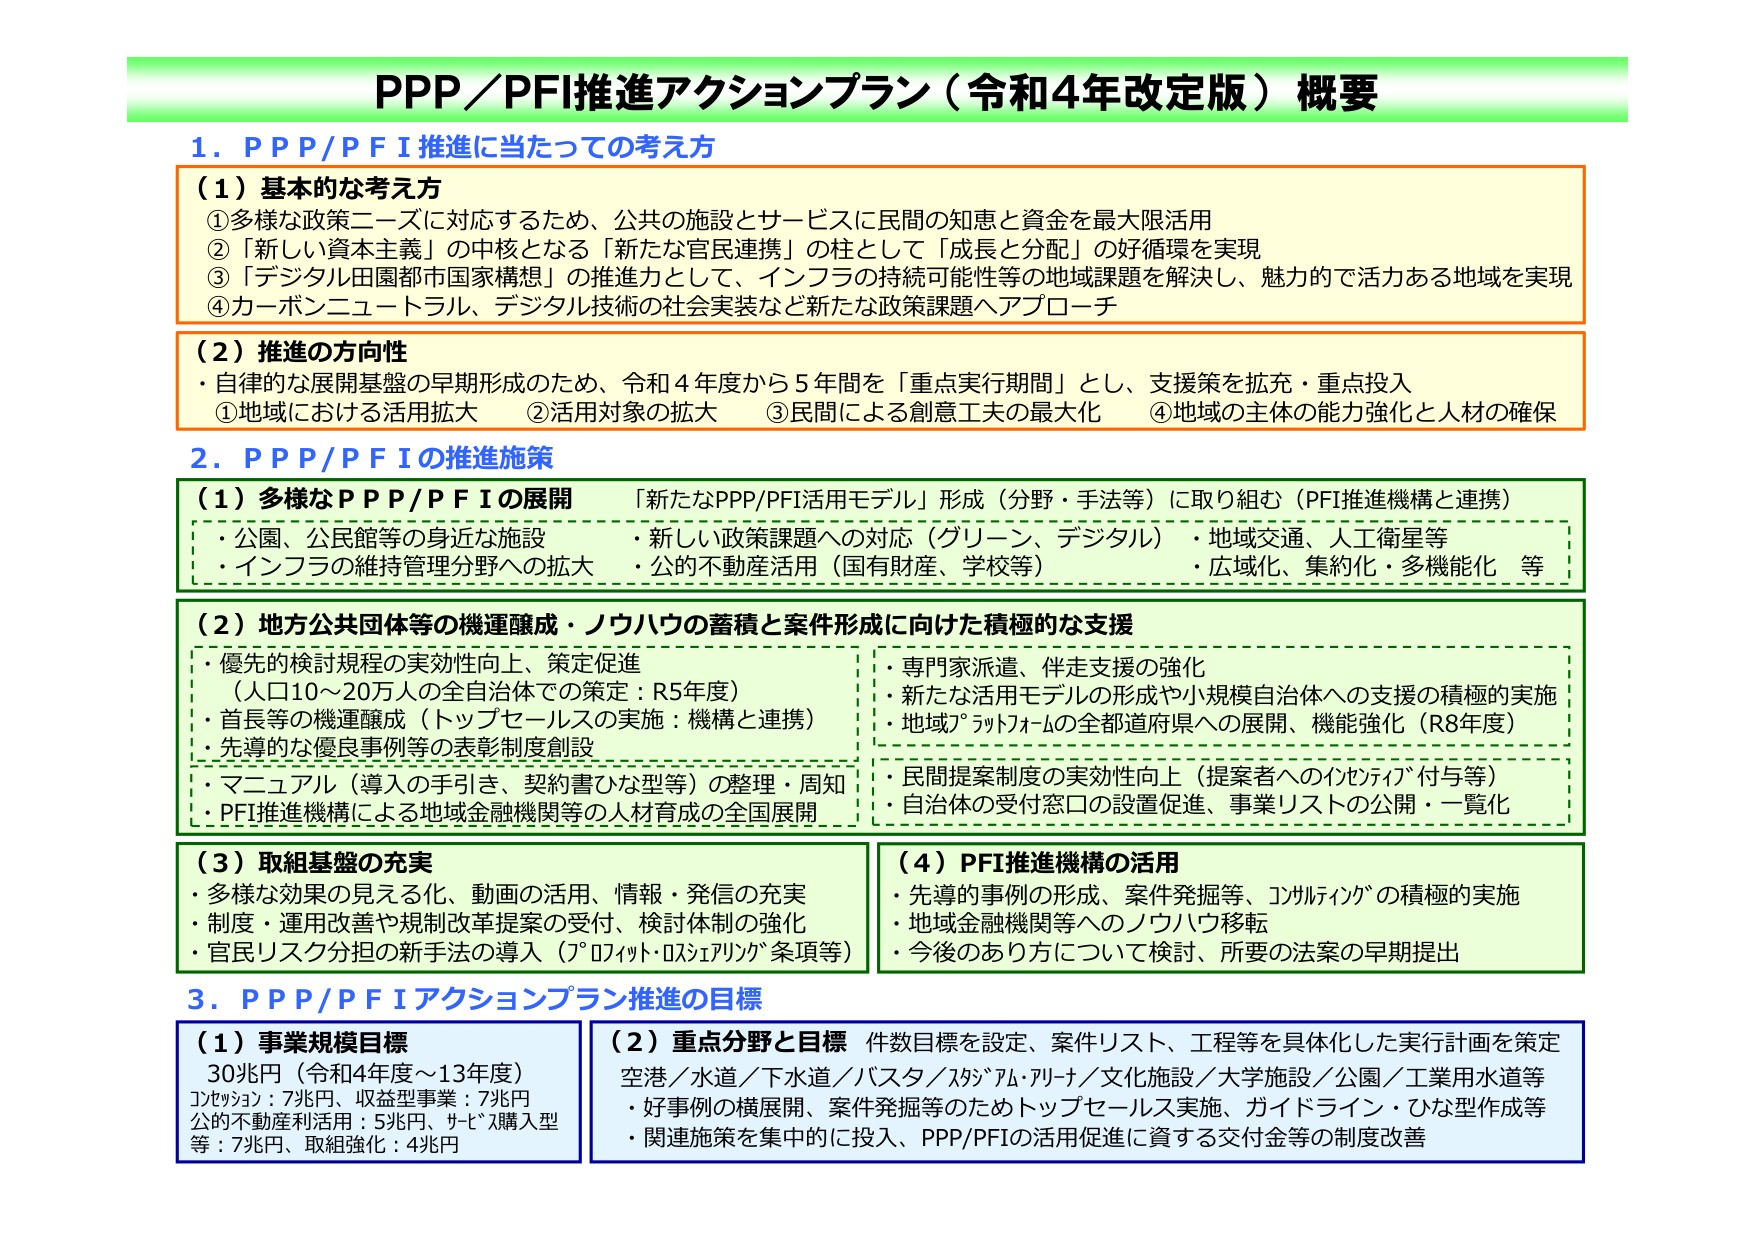
PPP／PFI推進アクションプラン（令和4年改定版）概要

1．ＰＰＰ／ＰＦＩ推進に当たっての考え方

（1）基本的な考え方
①多様な政策ニーズに対応するため、公共の施設とサービスに民間の知恵と資金を最大限活用
②「新しい資本主義」の中核となる「新たな官民連携」の柱として「成長と分配」の好循環を実現
③「デジタル田園都市国家構想」の推進力として、インフラの持続可能性等の地域課題を解決し、魅力的で活力ある地域を実現
④カーボンニュートラル、デジタル技術の社会実装など新たな政策課題へアプローチ

（2）推進の方向性
・自律的な展開基盤の早期形成のため、令和4年度から5年間を「重点実行期間」とし、支援策を拡充・重点投入
①地域における活用拡大　②活用対象の拡大　③民間による創意工夫の最大化　④地域の主体の能力強化と人材の確保

2．ＰＰＰ／ＰＦＩの推進施策

（1）多様なＰＰＰ／ＰＦＩの展開　「新たなPPP/PFI活用モデル」形成（分野・手法等）に取り組む（PFI推進機構と連携）
・公園、公民館等の身近な施設　　　　　・新しい政策課題への対応（グリーン、デジタル）・地域交通、人工衛星等
・インフラの維持管理分野への拡大　　　・公的不動産活用（国有財産、学校等）　　　・広域化、集約化・多機能化　等

（2）地方公共団体等の機運醸成・ノウハウの蓄積と案件形成に向けた積極的な支援
・優先的検討規程の実効性向上、策定促進　　・専門家派遣、伴走支援の強化
　（人口10～20万人の全自治体での策定：R5年度）　・新たな活用モデルの形成や小規模自治体への支援の積極的実施
・首長等の機運醸成（トップセールスの実施：機構と連携）　・地域プラットフォームの全都道府県への展開、機能強化（R8年度）
・先導的な優良事例等の表彰制度創設
・マニュアル（導入の手引き、契約書ひな型等）の整理・周知　　・民間提案制度の実効性向上（提案者へのインセンティブ付与等）
・PFI推進機構による地域金融機関等の人材育成の全国展開　　・自治体の受付窓口の設置促進、事業リストの公開・一覧化

（3）取組基盤の充実
・多様な効果の見える化、動画の活用、情報・発信の充実
・制度・運用改善や規制改革提案の受付、検討体制の強化
・官民リスク分担の新手法の導入（プロフィット・ロスシェアリング条項等）

（4）PFI推進機構の活用
・先導的事例の形成、案件発掘等、コンサルティングの積極的実施
・地域金融機関等へのノウハウ移転
・今後のあり方について検討、所要の法案の早期提出

3．ＰＰＰ／ＰＦＩアクションプラン推進の目標

（1）事業規模目標
30兆円（令和4年度～13年度）
コンセッション：7兆円、収益型事業：7兆円
公的不動産利活用：5兆円、サービス購入型等：7兆円、取組強化：4兆円

（2）重点分野と目標　件数目標を設定、案件リスト、工程等を具体化した実行計画を策定
空港／水道／下水道／バスターミナル・アリーナ／文化施設／大学施設／公園／工業用水道等
・好事例の横展開、案件発掘等のためトップセールス実施、ガイドライン・ひな型作成等
・関連施策を集中的に投入、PPP/PFIの活用促進に資する交付金等の制度改善